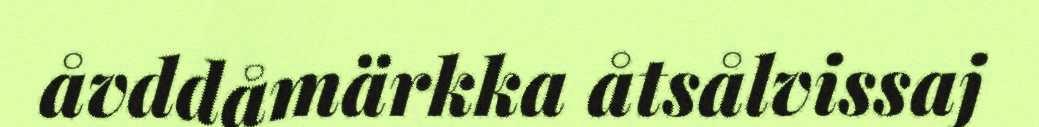
åvddåmärkka åtsålvissaj